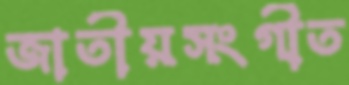
জাতীয়সংগীত